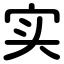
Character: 实